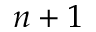
n + 1